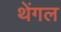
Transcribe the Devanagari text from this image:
थेंगल